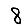
Digit: 8